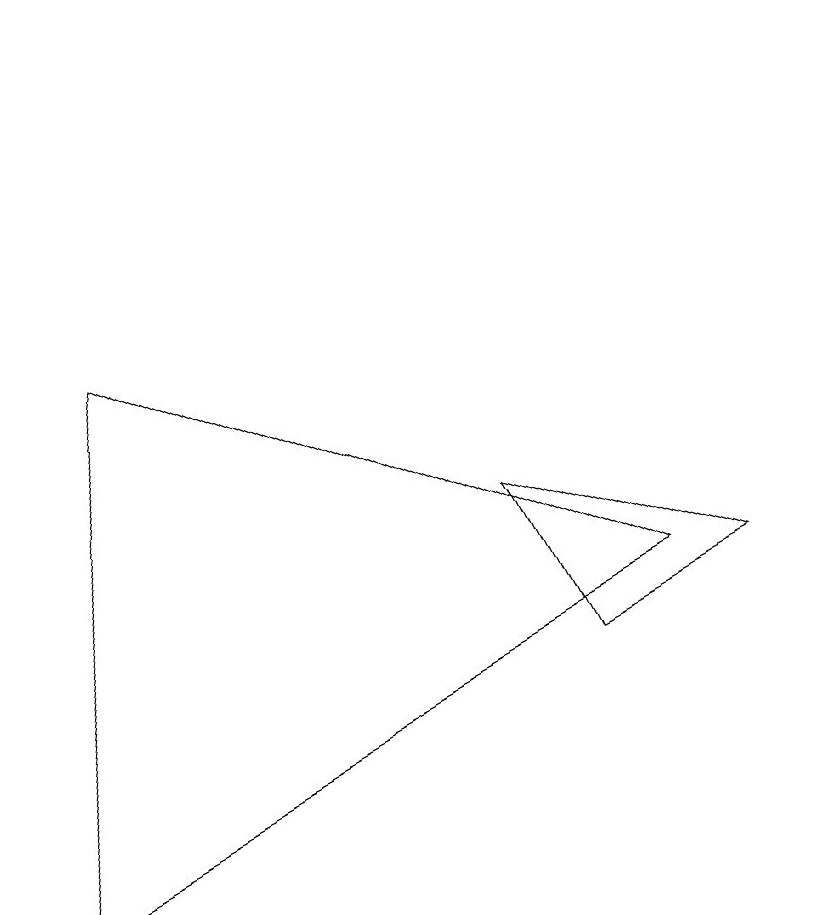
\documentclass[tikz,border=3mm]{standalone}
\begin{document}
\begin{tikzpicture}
\draw (1,7) -- (8,4) -- (0,0) -- cycle;
\draw (10,11) circle (0);
\draw (9,4) -- (6,5) -- (7,3) -- cycle;
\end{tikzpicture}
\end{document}